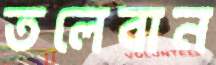
তলেবান